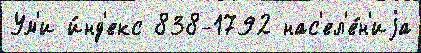
Ум'и и́нд'екс 838-1792 нас'ел'е́н'иjа